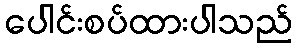
ပေါင်းစပ်ထားပါသည်